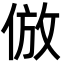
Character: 倣